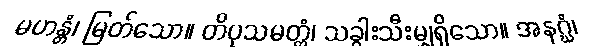
မဟန္တံ၊ မြတ်သော။ တိပုသမတ္တံ၊ သခွါးသီးမျှရှိသော။ အနဂ္ဃံ၊